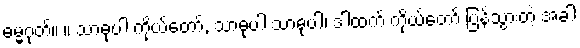
ဓမ္မဂုတ်။ ။ သာဓုပါ ကိုယ်တော်, သာဓုပါ သာဓုပါ၊ ဒါထက် ကိုယ်တော် ပြန်သွားတဲ့ အခါ